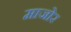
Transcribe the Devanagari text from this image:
माजोर